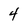
Character: 4